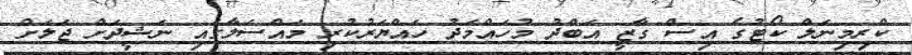
ކްރިމިނަލް ކޯޓުގެ އިސް ގާޒީ އަބްދު މުހައްމަދު ހައްޔަރުކުރި މައްސަލާގައި ނަޝީދަށް ޖަލަށް